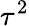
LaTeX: \tau^{2}